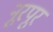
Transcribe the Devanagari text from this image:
नूरपूर